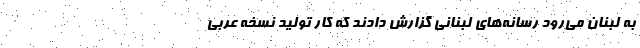
به لبنان می‌رود رسانه‌های لبنانی گزارش دادند که کار تولید نسخه عربی